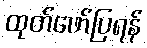
ထုတ်ဖော်ပြရန်